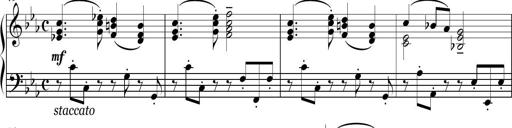
Title: Sonatina in E minor
Composer: Shuwen Zhang
Key: E minor